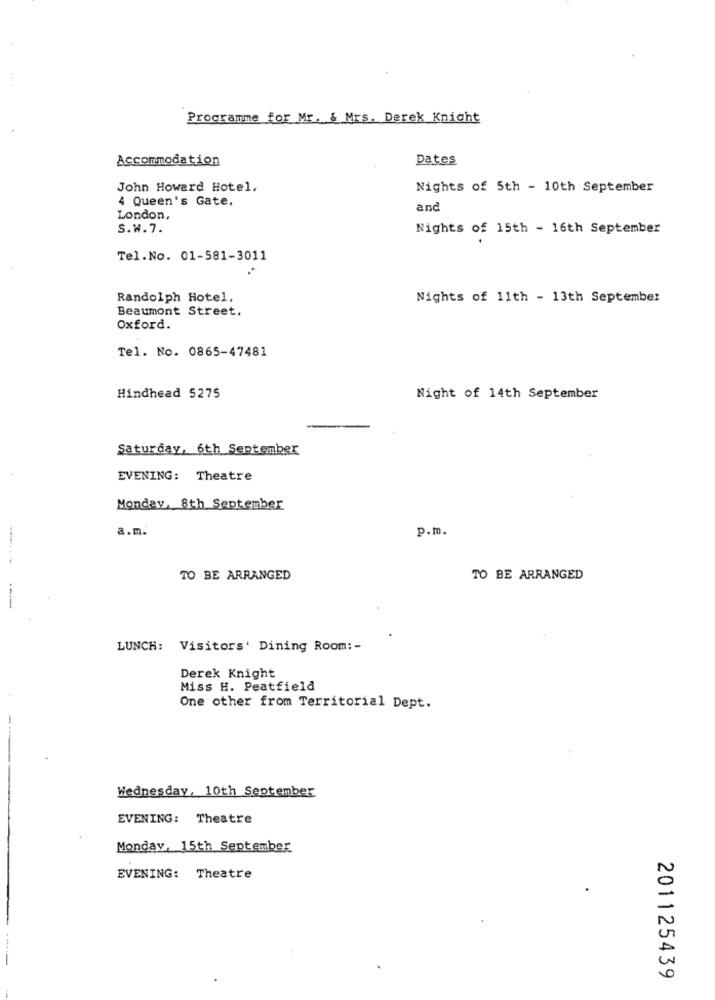
Programme for Mr. & Mrs. Derek Knight
Accommodation
Dates
John Howard Hotel,
Nights of 5th - 10th September
4 Queen's Gate,
and
London,
S.W.7.
Nights of 15th - 16th September
Tel.No. 01-581-3011
Randolph Hotel,
Nights of 11th - 13th September
Beaumont Street.
Oxford.
Tel. No. 0865-47481
Hindhead 5275
Night of 14th September
saturday, 6th September
EVENING: Theatre
Monday, 8th September
a.m.
p.m.
TO BE ARRANGED
TO BE ARRANGED
-----
LUNCH: Visitors' Dining Room :-
Derek Knight
Miss H. Peatfield
One other from Territorial Dept.
-.
Wednesday, 10th September
EVENING: Theatre
Monday, 15th September
N
EVENING: Theatre
A
201125439